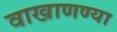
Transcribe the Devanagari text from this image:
वाखाणण्या